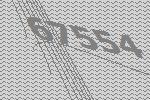
67554